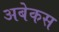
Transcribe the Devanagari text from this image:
अबेकस